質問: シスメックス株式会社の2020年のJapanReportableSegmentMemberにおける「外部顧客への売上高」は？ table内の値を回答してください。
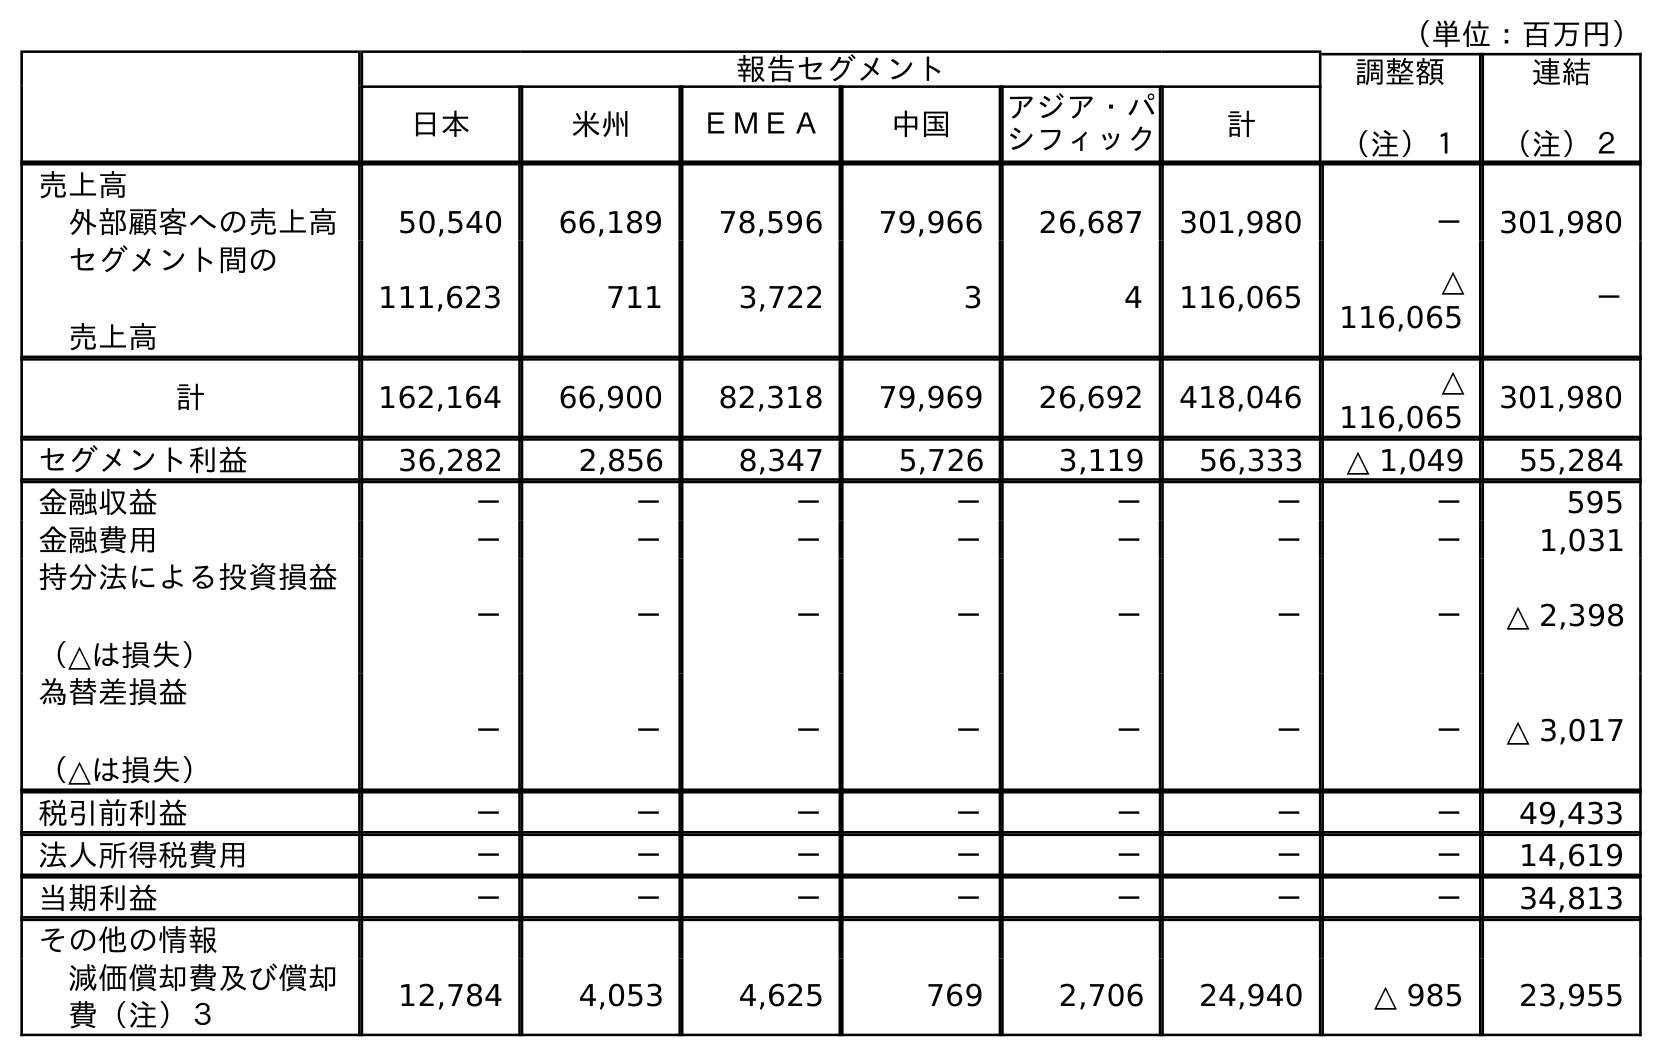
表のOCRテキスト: （単位：百万円） 報告セグメント 調整額 （注）１ 連結 （注）２ 日本 米州 ＥＭＥＡ 中国 アジア・パ シフィック 計 売上高 外部顧客への売上高 50,540 66,189 78,596 79,966 26,687 301,980 － 301,980 セグメント間の 売上高 111,623 711 3,722 3 4 116,065 △ 116,065 － 計 162,164 66,900 82,318 79,969 26,692 418,046 △ 116,065 301,980 セグメント利益 36,282 2,856 8,347 5,726 3,119 56,333 △ 1,049 55,284 金融収益 － － － － － － － 595 金融費用 － － － － － － － 1,031 持分法による投資損益 （△は損失） － － － － － － － △ 2,398 為替差損益 （△は損失） － － － － － － － △ 3,017 税引前利益 － － － － － － － 49,433 法人所得税費用 － － － － － － － 14,619 当期利益 － － － － － － － 34,813 その他の情報 減価償却費及び償却 費（注）３ 12,784 4,053 4,625 769 2,706 24,940 △ 985 23,955
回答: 50,540